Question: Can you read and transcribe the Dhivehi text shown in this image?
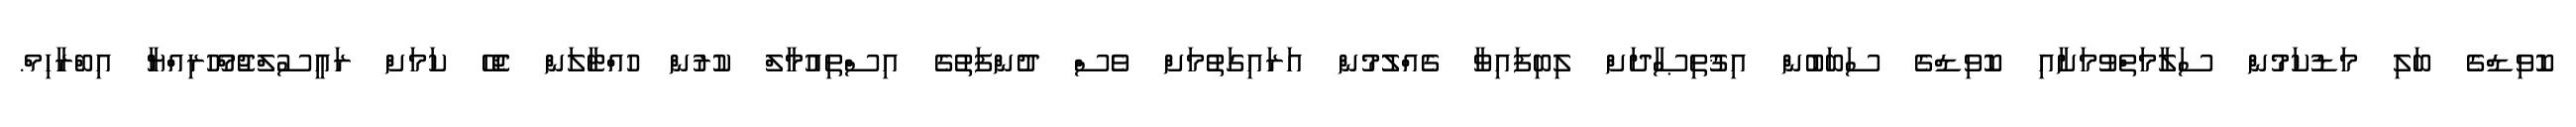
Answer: ކޮވިޑްގެ ބަލި މަޑުކަމުން ސަލާމަތްވުމަށާއި ކޮވިޑްގެ ސަބަބުން އިޤުތިޞާދަށް ލިބިފައިވާ ގެއްލުމުން އަރައިގަތުމަށް ވެސް ދުންފަތުގެ އިސްތިއުމާލް ކުރުން ހުއްޓާލަން ޖެހޭ ކަމަށް ރައީސުލްޖުމްހޫރިއްޔާ އިބްރާހިމް.